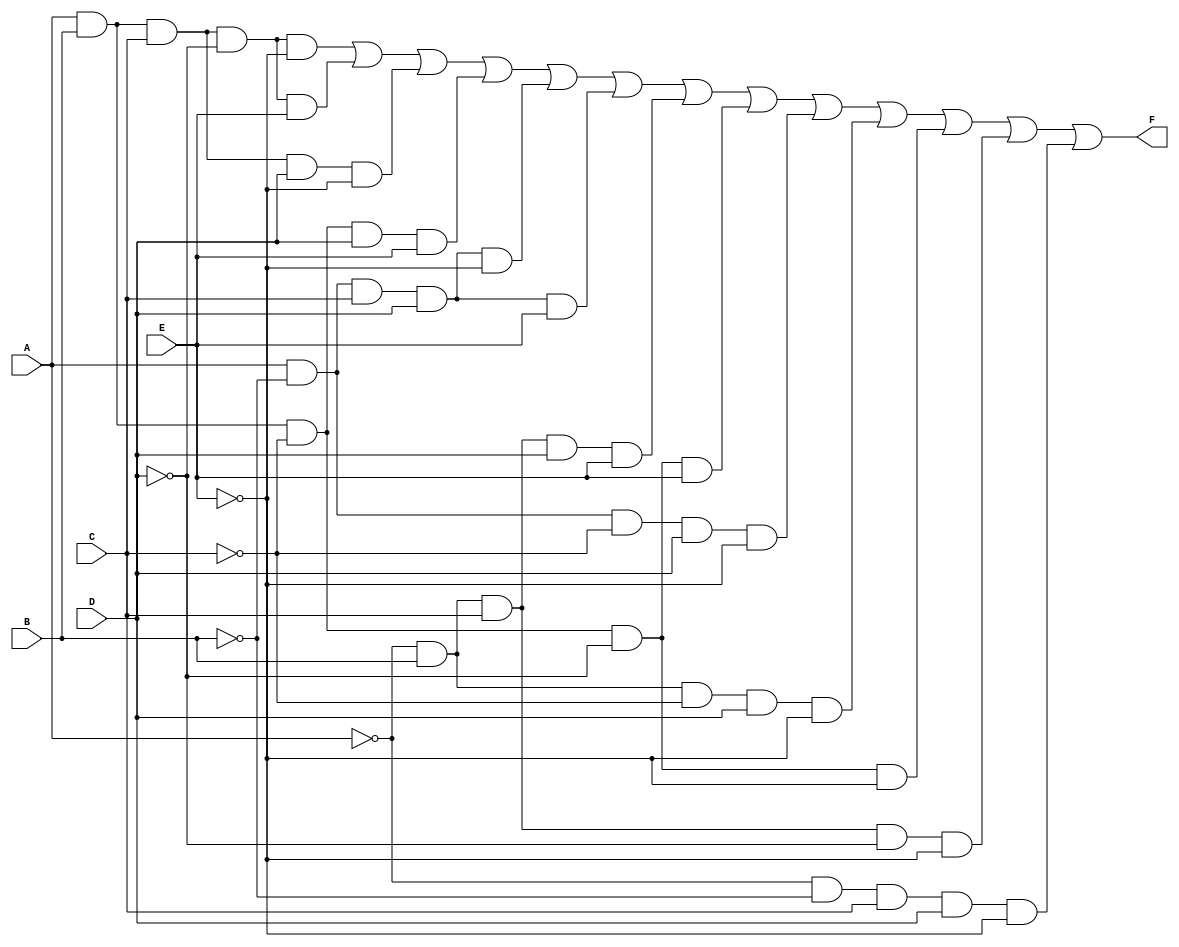
module five_variable_kmap (
    input wire A,  // Input variable A
    input wire B,  // Input variable B
    input wire C,  // Input variable C
    input wire D,  // Input variable D
    input wire E,  // Input variable E
    output wire F  // Output variable (result of K-map logic)
);

// K-map simplification logic derived from a specific K-map grouping.
// The following mapping is an example and should be modified according to your K-map simplification.
assign F = 
    (A & B & C & ~D & ~E) | // Cell 0
    (A & B & C & ~D & E)  | // Cell 1
    (A & B & C & D & ~E)  | // Cell 3
    (A & B & ~C & D & E)   | // Cell 14
    (A & ~B & C & D & ~E)  | // Cell 10
    (A & ~B & C & D & E)   | // Cell 11
    (~A & B & C & D & E)   | // Cell 15
    (A & B & ~C & ~D & E)  | // Cell 9
    (A & ~B & ~C & D & ~E) | // Cell 6
    (~A & B & ~C & D & ~E) | // Cell 7
    (A & B & ~C & ~D & ~E) | // Cell 8
    (~A & B & C & ~D & ~E) | // Cell 12
    (~A & ~B & C & D & ~E); // Cell 13

endmodule